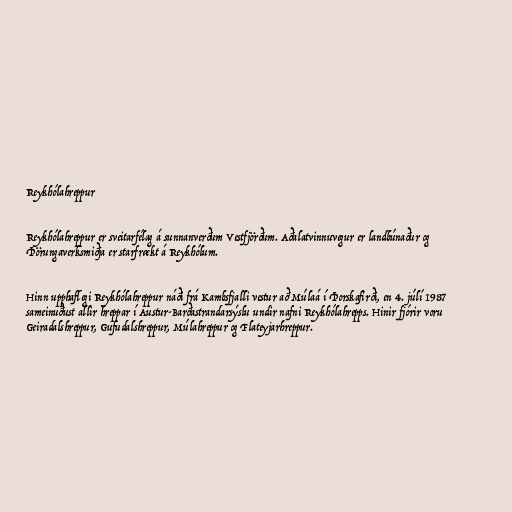
Reykhólahreppur

Reykhólahreppur er sveitarfélag á sunnanverðum Vestfjörðum. Aðalatvinnuvegur er landbúnaður og
Þörungaverksmiðja er starfrækt á Reykhólum.

Hinn upphaflegi Reykhólahreppur náði frá Kambsfjalli vestur að Múlaá í Þorskafirði, en 4. júlí 1987
sameinuðust allir hreppar í Austur-Barðastrandarsýslu undir nafni Reykhólahrepps. Hinir fjórir voru
Geiradalshreppur, Gufudalshreppur, Múlahreppur og Flateyjarhreppur.